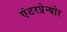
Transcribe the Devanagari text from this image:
एंटरप्रेन्योर